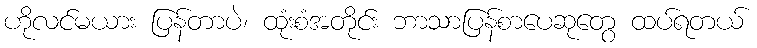
ဟိုလင်မယား ပြန်တာပဲ၊ ထုံးစံအတိုင်း ဘာသာပြန်စာပေဆုတွေ ထပ်ရတယ်